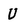
Character: U